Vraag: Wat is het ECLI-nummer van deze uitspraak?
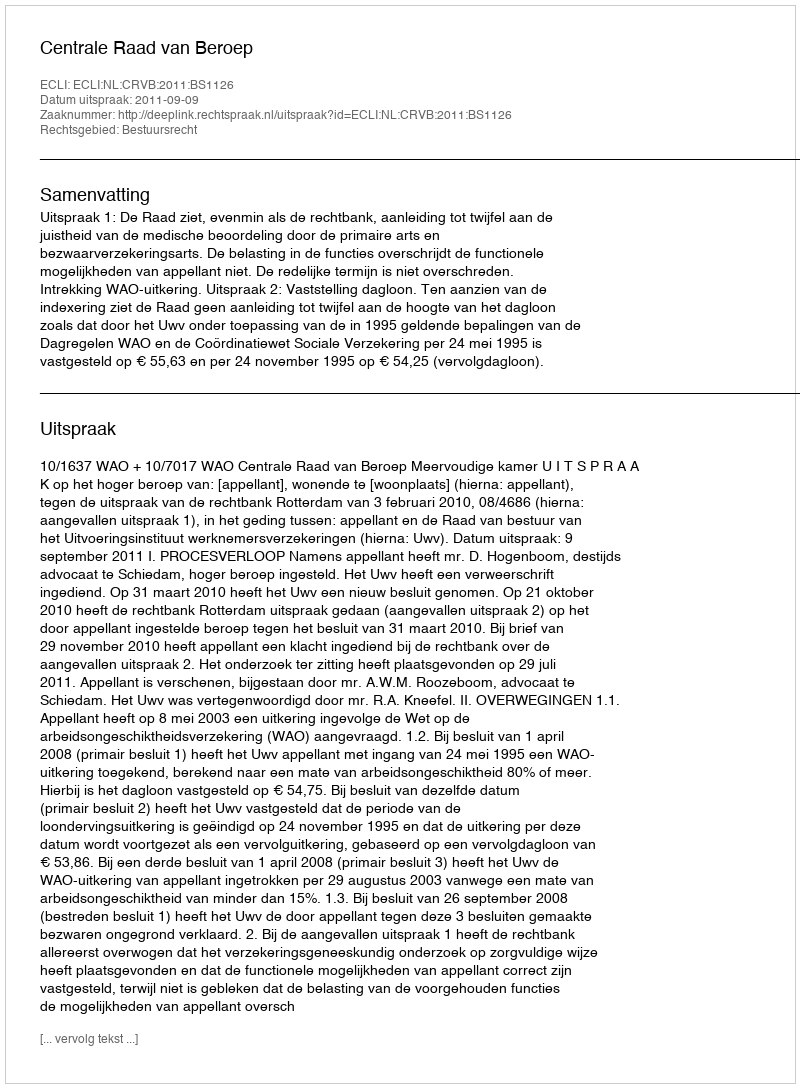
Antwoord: ECLI:NL:CRVB:2011:BS1126